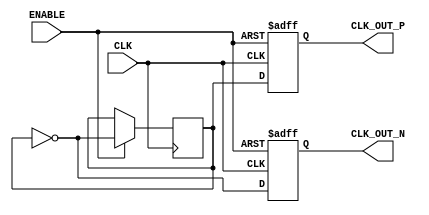
module differential_clock_buffer (
    input wire CLK,            // Single-ended clock input
    input wire ENABLE,         // Enable signal for the buffer
    output reg CLK_OUT_P,      // Differential clock output positive
    output reg CLK_OUT_N       // Differential clock output negative
);

    // Parameters for clock generation
    parameter CLK_PERIOD = 10; // Clock period in time units (e.g., ns)
    
    // Internal signal for clock toggling
    reg clk_reg;

    // Clock generation process
    always @(posedge CLK or negedge ENABLE) begin
        if (!ENABLE) begin
            // If disabled, set outputs to low
            CLK_OUT_P <= 1'b0;
            CLK_OUT_N <= 1'b0;
        end else begin
            // Generate differential outputs
            clk_reg <= ~clk_reg; // Toggle internal register
            CLK_OUT_P <= clk_reg; // Positive output
            CLK_OUT_N <= ~clk_reg; // Negative output
        end
    end

    // Initial block to set the initial state
    initial begin
        CLK_OUT_P = 1'b0;
        CLK_OUT_N = 1'b0;
        clk_reg = 1'b0;
    end

endmodule